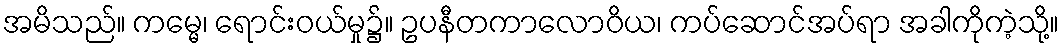
အမိသည်။ ကမ္မေ၊ ရောင်းဝယ်မှု၌။ ဥပနီတကာလောဝိယ၊ ကပ်ဆောင်အပ်ရာ အခါကိုကဲ့သို့။